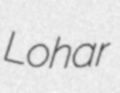
Lohar